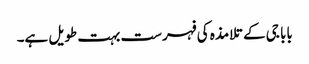
بابا جی کے تلامذہ کی فہرست بہت طویل ہے۔